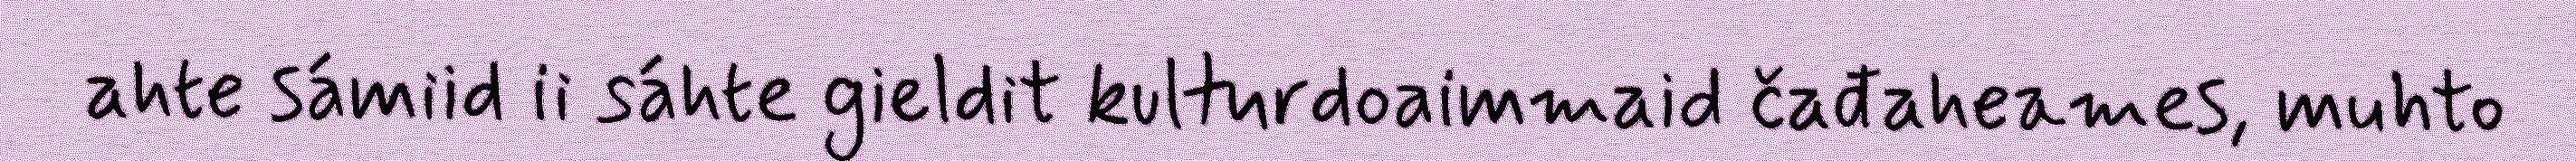
ahte sámiid ii sáhte gieldit kulturdoaimmaid čađaheames, muhto